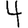
Digit: 4